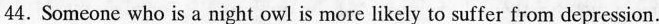
44. Someone who is a night owl is more likely to suffer from depression.